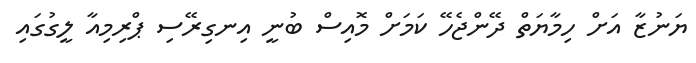
ޔަނުޒާ އަށް ހިމާޔަތް ދޭންޖެހޭ ކަމަށް މޮއިސް ބުނީ އިނގިރޭސި ޕްރިމިއާ ލީގުގައި